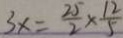
3 x = \frac { 2 5 } { 2 } \times \frac { 1 2 } { 5 }